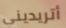
أتريديني